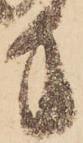
方